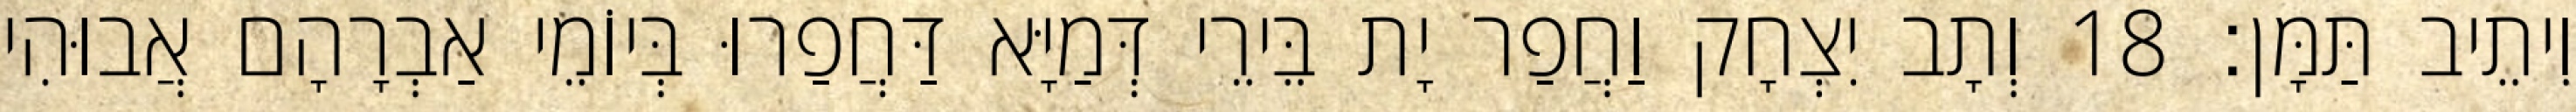
וִיתֵיב תַּמָּן׃ 18 וְתָב יִצְחָק וַחֲפַר יָת בֵּירֵי דְּמַיָּא דַּחֲפַרוּ בְּיוֹמֵי אַבְרָהָם אֲבוּהִי